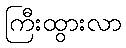
ကြီးထွားလာ